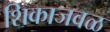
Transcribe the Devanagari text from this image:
शिकाजवळ